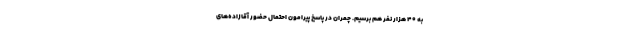
به ۴۰ هزار نفر هم برسیم. چمران در پاسخ پیرامون احتمال حضور آقازاده‌های